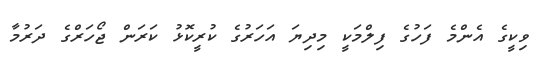
ވިކީގެ އެންމެ ފަހުގެ ފިލްމަކީ މިދިޔަ އަހަރުގެ ކުރީކޮޅު ކަރަން ޖޯހަރްގެ ދަރުމާ